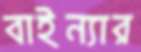
বাইন্যার